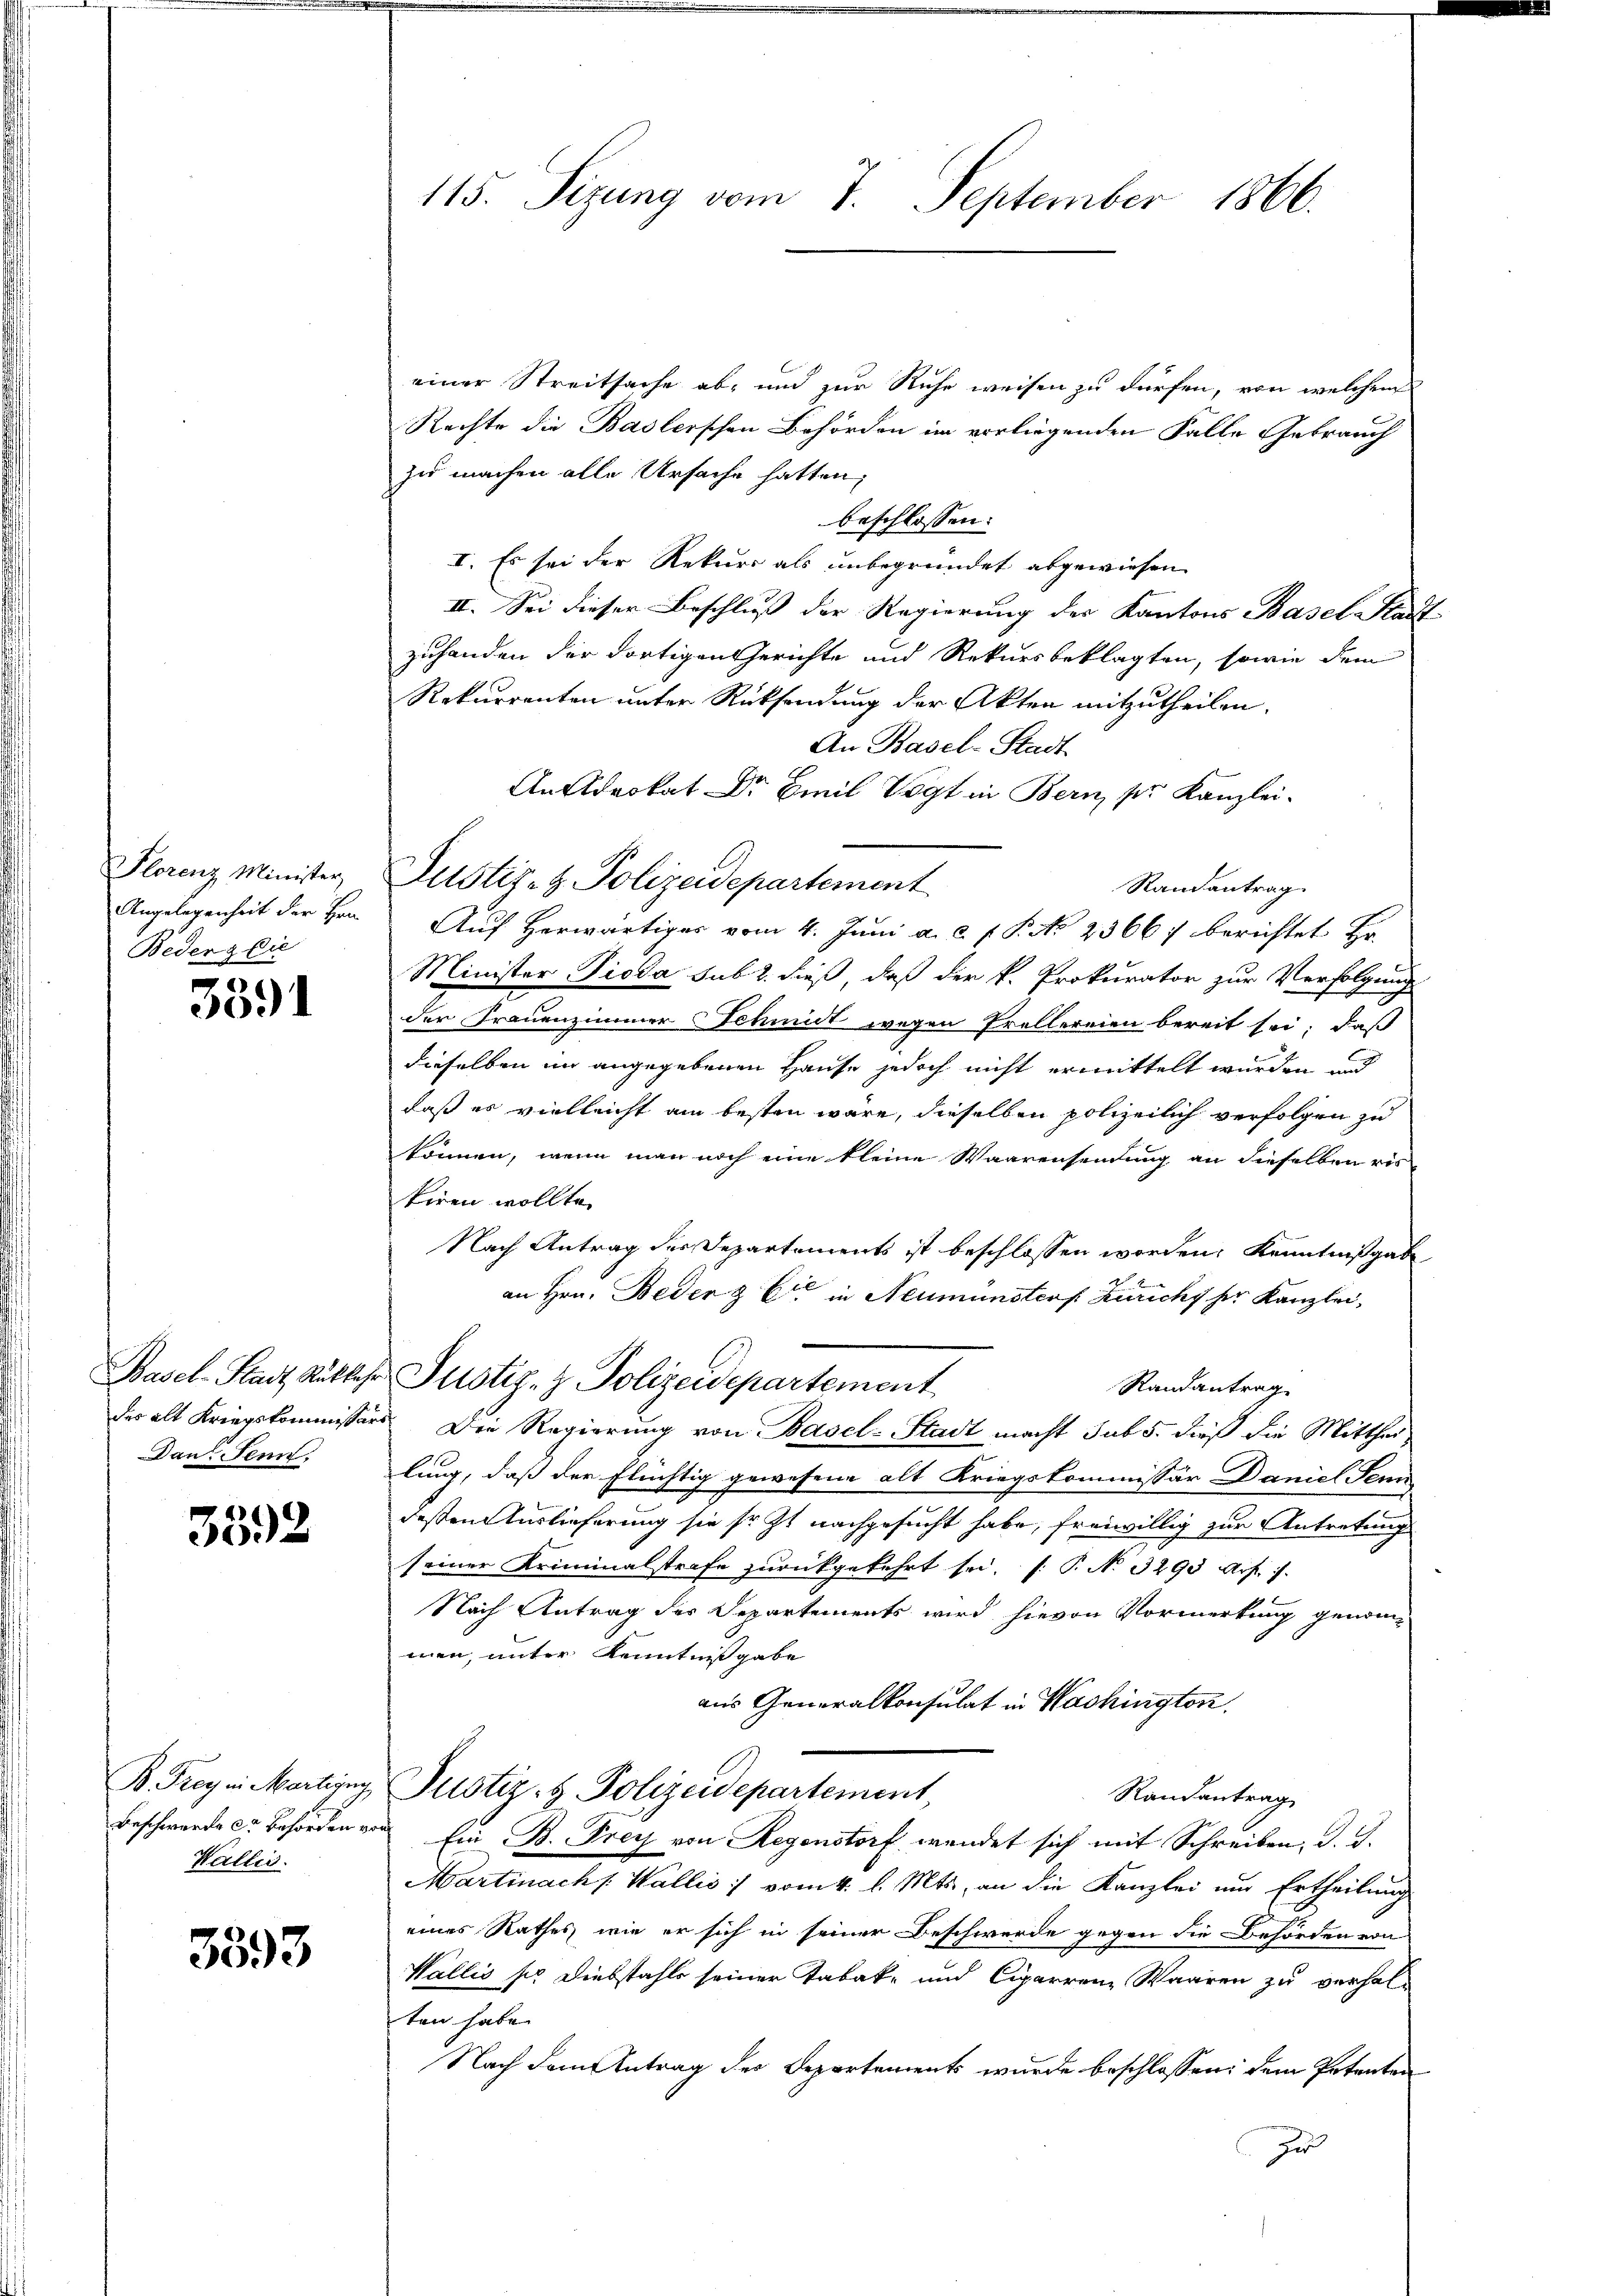
Angelegenheit der Hrn.
Bedeng die

5391

des alt Kriegskommissär
Dan. Senn,

3592

B. Frey in Martigung
Beschwerde er Behörden.
Wallis.

3393

115. Sizung vom 7. September 1866.

einer Streitsache ab, und zur Ruhe weisen zu dürfen, von welchem
Rechte die Baslerschen Behörden im vorliegenden Falle Gebrauch
zu machen alle Ursache hatten,
beschlossen:
I. Es sei der Rekurs als unbegründet abgewiesen
II. Sei dieser Beschluß der Regierung der Kantons Basel Stad
zuhanden der dortigen Gerichte und Rekursbeklagten, sowie dem
Rekurrenten unter Rücksendung der Akten mitzutheilen.
An Basel-Stadt
An Advokat Dr Emil Vogt in Bern pr. Kanzlei-
Florenz Minister Justiz- & Polizeidepartement
Randantrag
Auf Herwärtiger vom 4. Juni a. c. f. P. No 2366 berichtet Hr.
Minister Pioda sub 2. dieß, daß der k. Prokurator zur Verfolgung
der Frauenzimmer Schmidt wegen Prellereien bereit sei, daß
dieselben in angegebenen Hause jedoch nicht ermittelt wurden und
daß es vielleicht am besten wäre, dieselben polizeilich verfolgen zu
können, wenn man noch eine kleine Waarensendung an dieselben ris
kiren wollte.
Nach Antrag der Departements ist beschlossen worden, Kenntnißgab
an Hrn. Beden & Cie in Neumünsters Züricht her Kanzlei,
Basel-Stadt Rükkehr Justiz- & Polizeidepartement
Randantrag
Die Regierung von Basel-Stadt macht sub 5. dieß die Mitthei
lung, daß der flüchtig gewesene alt Kriegskommissär Daniel Senn
deßen Auslieferung sie sr. Zt. nachgesucht habe, freiwillig zur Antretung
seiner Kriminalstrafe zurückgekehrt sei. (T. No 3290 Art. 7.
Nach Antrag der Departements wird hievon Vormerkung genommen, unter Kenntnißgabe
aus Generalkonsulat in Washingten.
Justiz- & Polizeidepartement
Randantrag
Ein B. Frey von Regenstorf wendet sich mit Schreiben, d. J.
Martinach Wallis :/ vom 4. l. Mts., an die Kanzlei und Ertheilung
eines Rathes, wie er sich in seiner Beschwerde gegen die Behörden von
Wallis so Diebstahls seiner Tabak und Cigarrenze Waaren zu verhal-
ten habe.
Nach dem Antrag des Departements wurde beschlossen: dem Petenten
zu